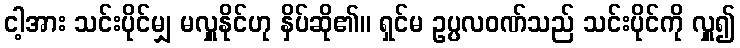
ငါ့အား သင်းပိုင်မျှ မလှူနိုင်ဟု နှိပ်ဆို၏။ ရှင်မ ဥပ္ပလဝဏ်သည် သင်းပိုင်ကို လှူ၍